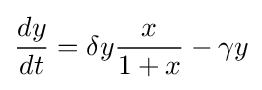
{\frac {dy}{dt}}=\delta y{\frac {x}{1+x}}-\gamma y